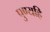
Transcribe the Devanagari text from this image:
पुण्यहि